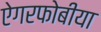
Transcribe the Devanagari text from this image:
ऐगरफोबीया